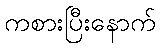
ကစားပြီးနောက်